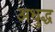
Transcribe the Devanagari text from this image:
अधुद्ध